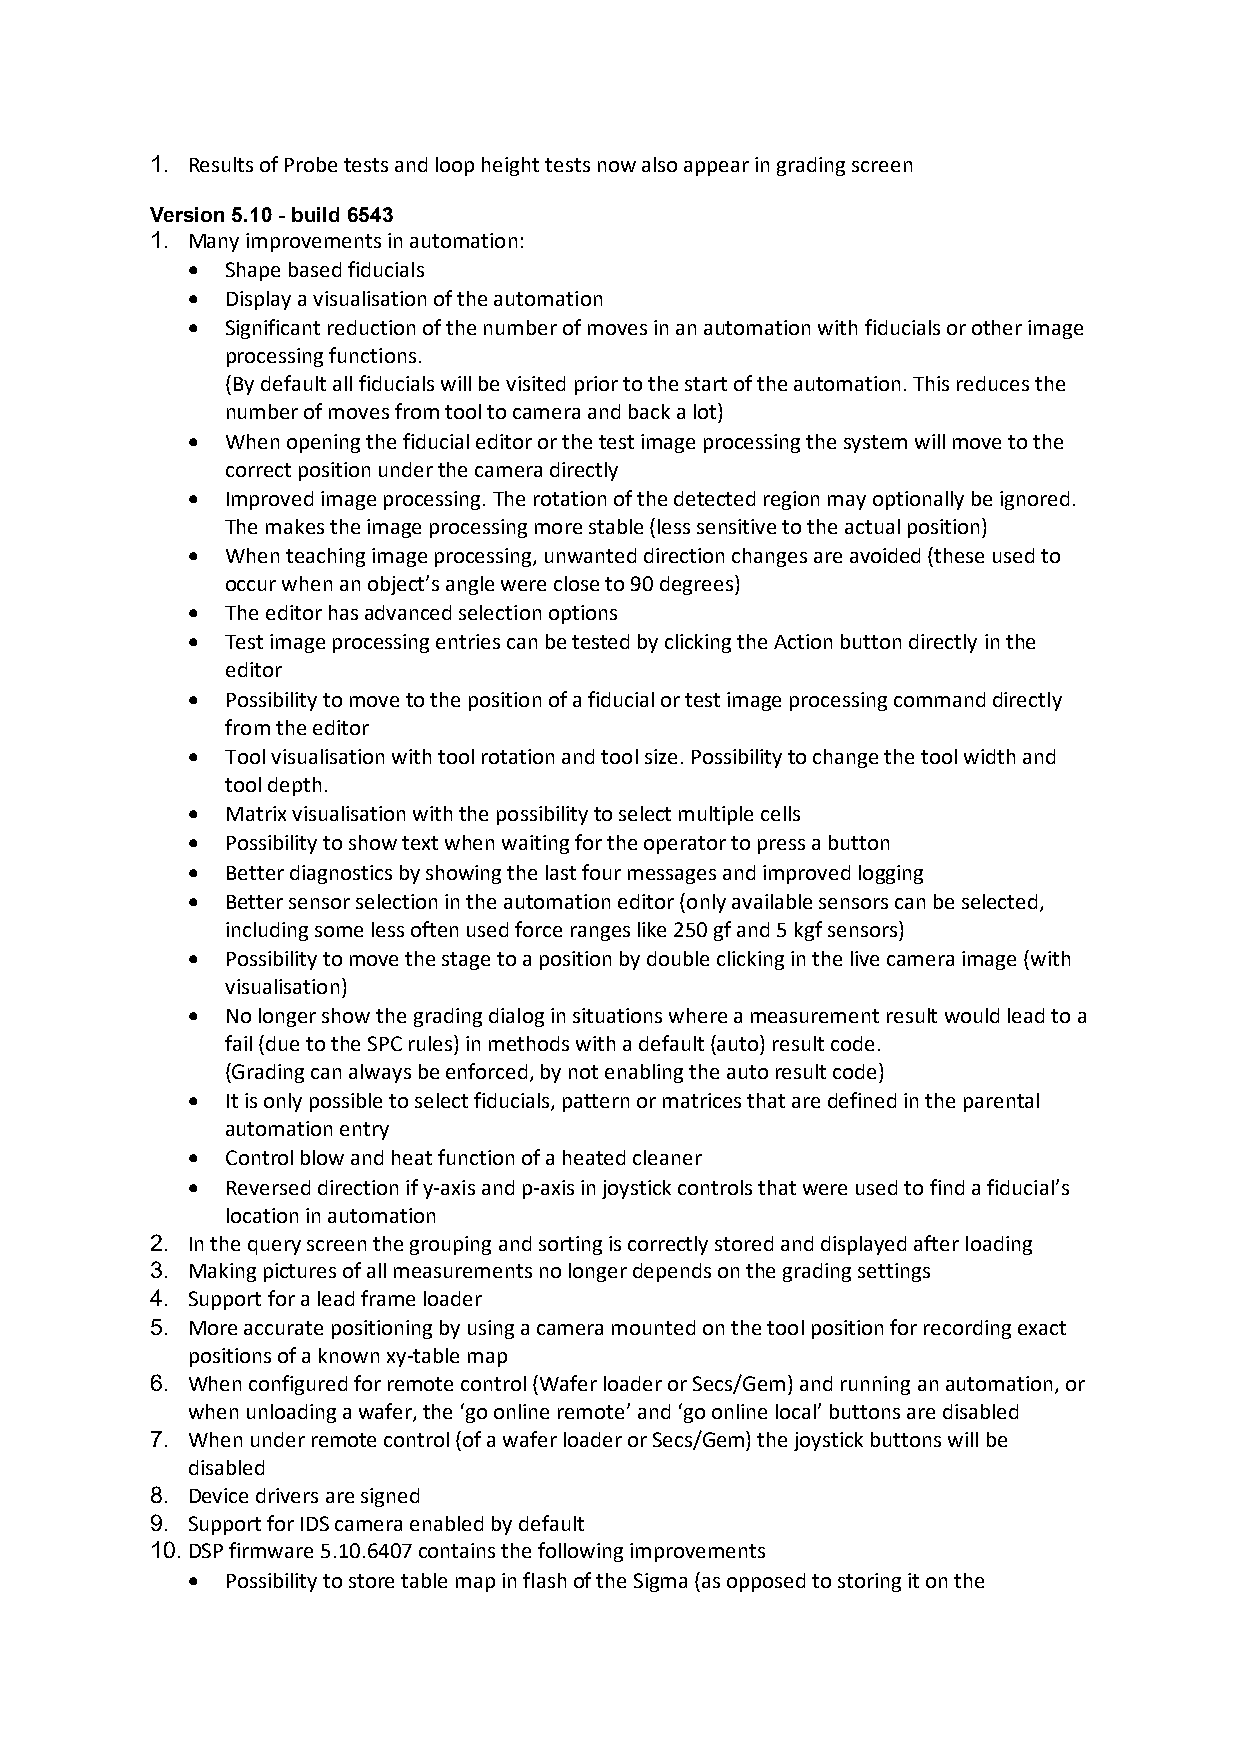
1. Results of Probe tests and loop height tests now also appear in grading screen
 Version 5.10 - build 6543
 1. Many improvements in automation:
 •  Shape based fiducials
 •  Display a visualisation of the automation
 •  Significant reduction of the number of moves in an automation with fiducials or other image
 processing functions.
 (By default all fiducials will be visited prior to the start of the automation. This reduces the
 number of moves from tool to camera and back a lot)
 •  When opening the fiducial editor or the test image processing the system will move to the
 correct position under the camera directly
 •  Improved image processing. The rotation of the detected region may optionally be ignored.
 The makes the image processing more stable (less sensitive to the actual position)
 •  When teaching image processing, unwanted direction changes are avoided (these used to
 occur when an object’s angle were close to 90 degrees)
 •  The editor has advanced selection options
 •  Test image processing entries can be tested by clicking the Action button directly in the
 editor
 •  Possibility to move to the position of a fiducial or test image processing command directly
 from the editor
 •  Tool visualisation with tool rotation and tool size. Possibility to change the tool width and
 tool depth.
 •  Matrix visualisation with the possibility to select multiple cells
 •  Possibility to show text when waiting for the operator to press a button
 •  Better diagnostics by showing the last four messages and improved logging
 •  Better sensor selection in the automation editor (only available sensors can be selected,
 including some less often used force ranges like 250 gf and 5 kgf sensors)
 •  Possibility to move the stage to a position by double clicking in the live camera image (with
 visualisation)
 •  No longer show the grading dialog in situations where a measurement result would lead to a
 fail (due to the SPC rules) in methods with a default (auto) result code.
 (Grading can always be enforced, by not enabling the auto result code)
 •  It is only possible to select fiducials, pattern or matrices that are defined in the parental
 automation entry
 •  Control blow and heat function of a heated cleaner
 •  Reversed direction if y-axis and p-axis in joystick controls that were used to find a fiducial’s
 location in automation
 2. In the query screen the grouping and sorting is correctly stored and displayed after loading
 3. Making pictures of all measurements no longer depends on the grading settings
 4. Support for a lead frame loader
 5. More accurate positioning by using a camera mounted on the tool position for recording exact
 positions of a known xy-table map
 6. When configured for remote control (Wafer loader or Secs/Gem) and running an automation, or
 when unloading a wafer, the ‘go online remote’ and ‘go online local’ buttons are disabled
 7. When under remote control (of a wafer loader or Secs/Gem) the joystick buttons will be
 disabled
 8. Device drivers are signed
 9. Support for IDS camera enabled by default
 10. DSP firmware 5.10.6407 contains the following improvements
 •  Possibility to store table map in flash of the Sigma (as opposed to storing it on the